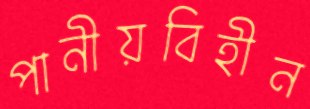
পানীয়বিহীন